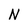
Character: N